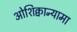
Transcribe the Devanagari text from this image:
ओशिक्वान्यामा